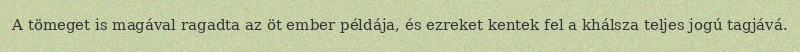
A tömeget is magával ragadta az öt ember példája, és ezreket kentek fel a khálsza teljes jogú tagjává.